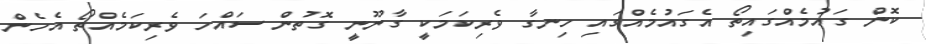
ކޮން ގައުމެއްގައިތޯ އެގައުމެއްގައި ހިނގާ ވެރިކަމަކީ ގާނޫނީ ގޮތުން ސައްހަ ވެރިކަމެއްތޯ އެހެން